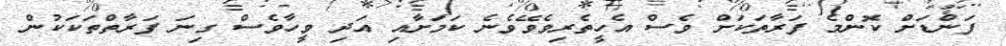
ފަންޑަށް ކޮންމެ ފަރާތަކަށް ވެސް އެހީތެރިވެވޭވެނެ ކަމަށާއި އަދި ވީހާވެސް ގިނަ ފަރާތްތަކަކުން